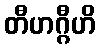
တီဟဂ္ဂီဟိ